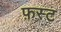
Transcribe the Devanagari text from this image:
फ़स्ट